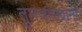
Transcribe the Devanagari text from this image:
तुलजाभवानी